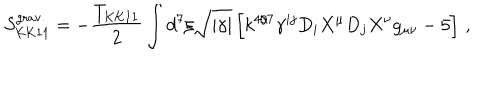
LaTeX: S _ { \mathrm { K K 1 1 } } ^ { \mathrm { g r a v . } } = - { \frac { T _ { \mathrm { K K 1 1 } } } { 2 } } \int d ^ { 7 } \xi \sqrt { | \gamma | } \left[ k ^ { 4 / 7 } \gamma ^ { i j } D _ { i } X ^ { \mu } D _ { j } X ^ { \nu } g _ { \mu \nu } - 5 \right] \, ,